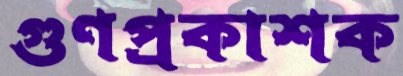
গুণপ্রকাশক